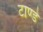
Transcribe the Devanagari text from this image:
टाण्डे